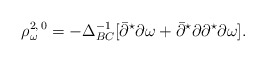
\begin{align*}\rho_\omega^{2,\,0} = -\Delta_{BC}^{-1}[\bar\partial^\star\partial\omega + \bar\partial^\star\partial\partial^\star\partial\omega].\end{align*}